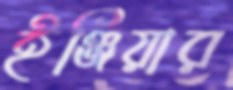
ইঞ্জিয়ার